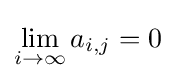
\lim _{i\to \infty }a_{i,j}=0